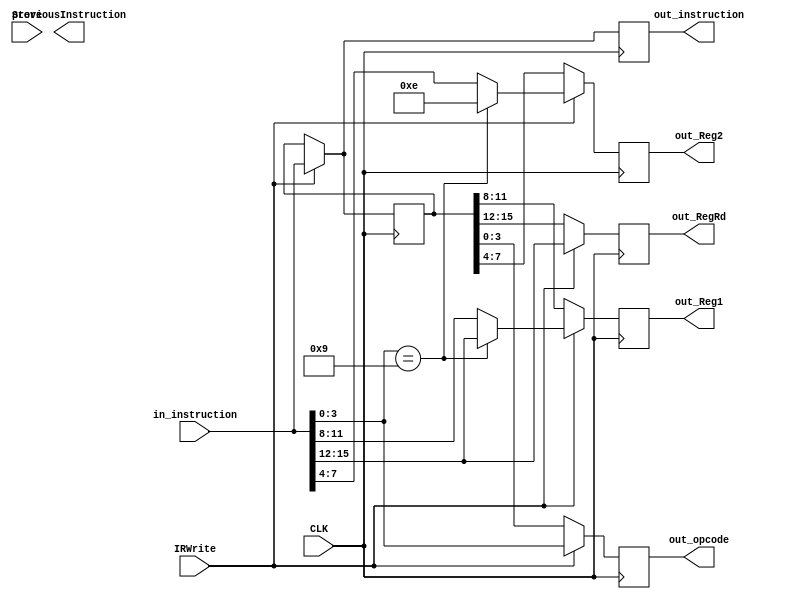
module InstructionRegister(

	input CLK , // Clock
	input IRWrite, //Write Instruction
	input Store,
	input[15:0] in_instruction  , // Input Instruction
	output reg [15:0] out_instruction,
	output reg [15:0] previousInstruction,
	output reg [3:0] out_opcode , // OPcode
	output reg [3:0] out_Reg1, out_Reg2, out_RegRd
);

reg[15:0] temp;

always @(posedge CLK) begin

if (IRWrite == 1) begin
        temp <= in_instruction;
		  out_opcode <= in_instruction[3:0];
		  out_RegRd <= in_instruction[15:12];
		  
		  if(in_instruction[3:0] == 4'b1001)begin
		  out_Reg1 <= in_instruction[15:12];
		  out_Reg2 <= 4'b1110;
		  end
		  else begin
		  out_Reg1 <= in_instruction[11:8];
		  out_Reg2 <= in_instruction[7:4];
		  end
		  
		  out_instruction <= in_instruction;
    end
	 else begin
	 out_opcode <= temp[3:0];
	 out_RegRd <= temp[15:12];
	 out_Reg1 <= temp[11:8];
	 out_Reg2 <= temp[7:4];
	 out_instruction <= temp;
	 end
	 
	 
end
endmodule